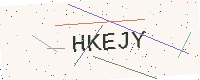
Text: HKEJY